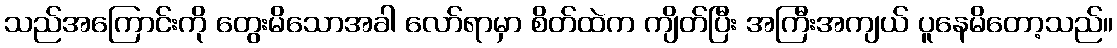
သည်အကြောင်းကို တွေးမိသောအခါ လော်ရာမှာ စိတ်ထဲက ကျိတ်ပြီး အကြီးအကျယ် ပူနေမိတော့သည်။